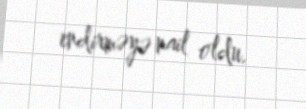
endirməyə nail oldu.